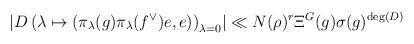
LaTeX: \begin{align*}\displaystyle \left\lvert D\left(\lambda\mapsto (\pi_\lambda(g)\pi_\lambda(f^\vee)e,e)\right)_{\lambda=0}\right\rvert \ll N(\rho)^r \Xi^G(g)\sigma(g)^{\deg(D)}\end{align*}